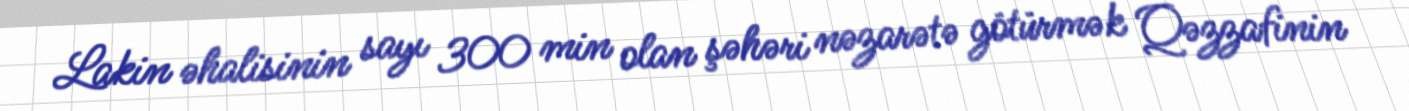
Lakin əhalisinin sayı 300 min olan şəhəri nəzarətə götürmək Qəzzafinin